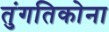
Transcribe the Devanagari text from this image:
तुंगतिकोना